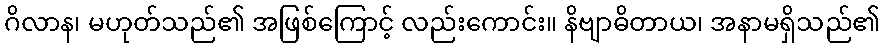
ဂိလာန၊ မဟုတ်သည်၏ အဖြစ်ကြောင့် လည်းကောင်း။ နိဗျာဓိတာယ၊ အနာမရှိသည်၏